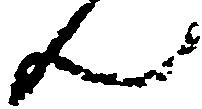
ん